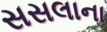
સસલાના